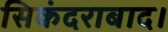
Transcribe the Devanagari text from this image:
सिकंदराबाद।